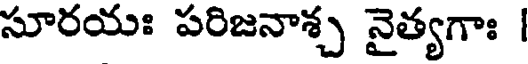
సూరయః పరిజనాశ్చ వైత్యగాః